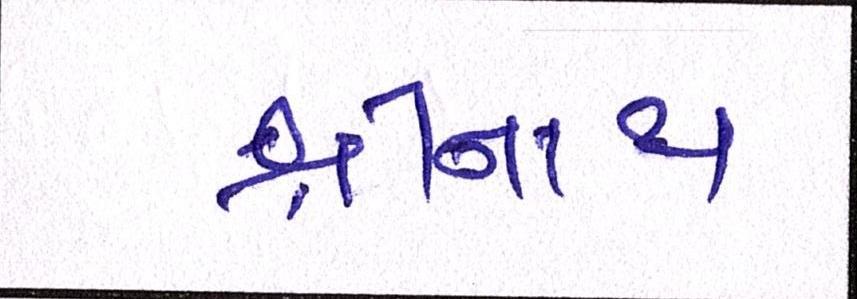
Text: શ્રીનાથ